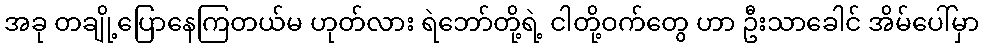
အခု တချို့ပြောနေကြတယ်မ ဟုတ်လား ရဲဘော်တို့ရဲ့ ငါတို့ဝက်တွေ ဟာ ဦးသာခေါင် အိမ်ပေါ်မှာ